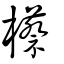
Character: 櫒